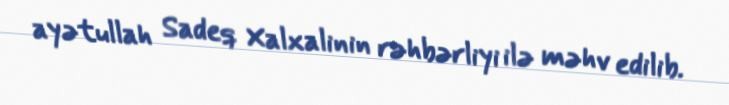
ayətullah Sadeq Xalxalinin rəhbərliyi ilə məhv edilib.